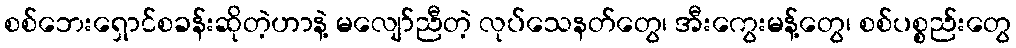
စစ်ဘေးရှောင်စခန်းဆိုတဲ့ဟာနဲ့ မလျော်ညီတဲ့ လုပ်သေနတ်တွေ၊ အီးကွေးမန့်တွေ၊ စစ်ပစ္စည်းတွေ